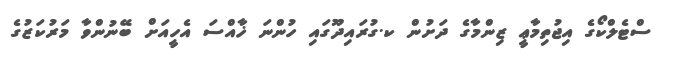
ސްޓެލްކޯގެ އިޖުތިމާޢީ ޒިންމާގެ ދަށުން ކ.ގުރައިދޫގައި ހުންނަ ޚާއްސަ އެހީއަށް ބޭނުންވާ މަރުކަޒުގެ